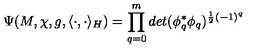
\Psi ( M , \chi , g , \langle \cdot , \cdot \rangle _ { H } ) = \prod _ { q = 0 } ^ { m } d e t ( \phi _ { q } ^ { * } \phi _ { q } ) ^ { \frac { 1 } { 2 } ( - 1 ) ^ { q } }